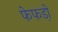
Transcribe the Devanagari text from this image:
फेफडो़